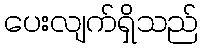
ပေးလျက်ရှိသည်